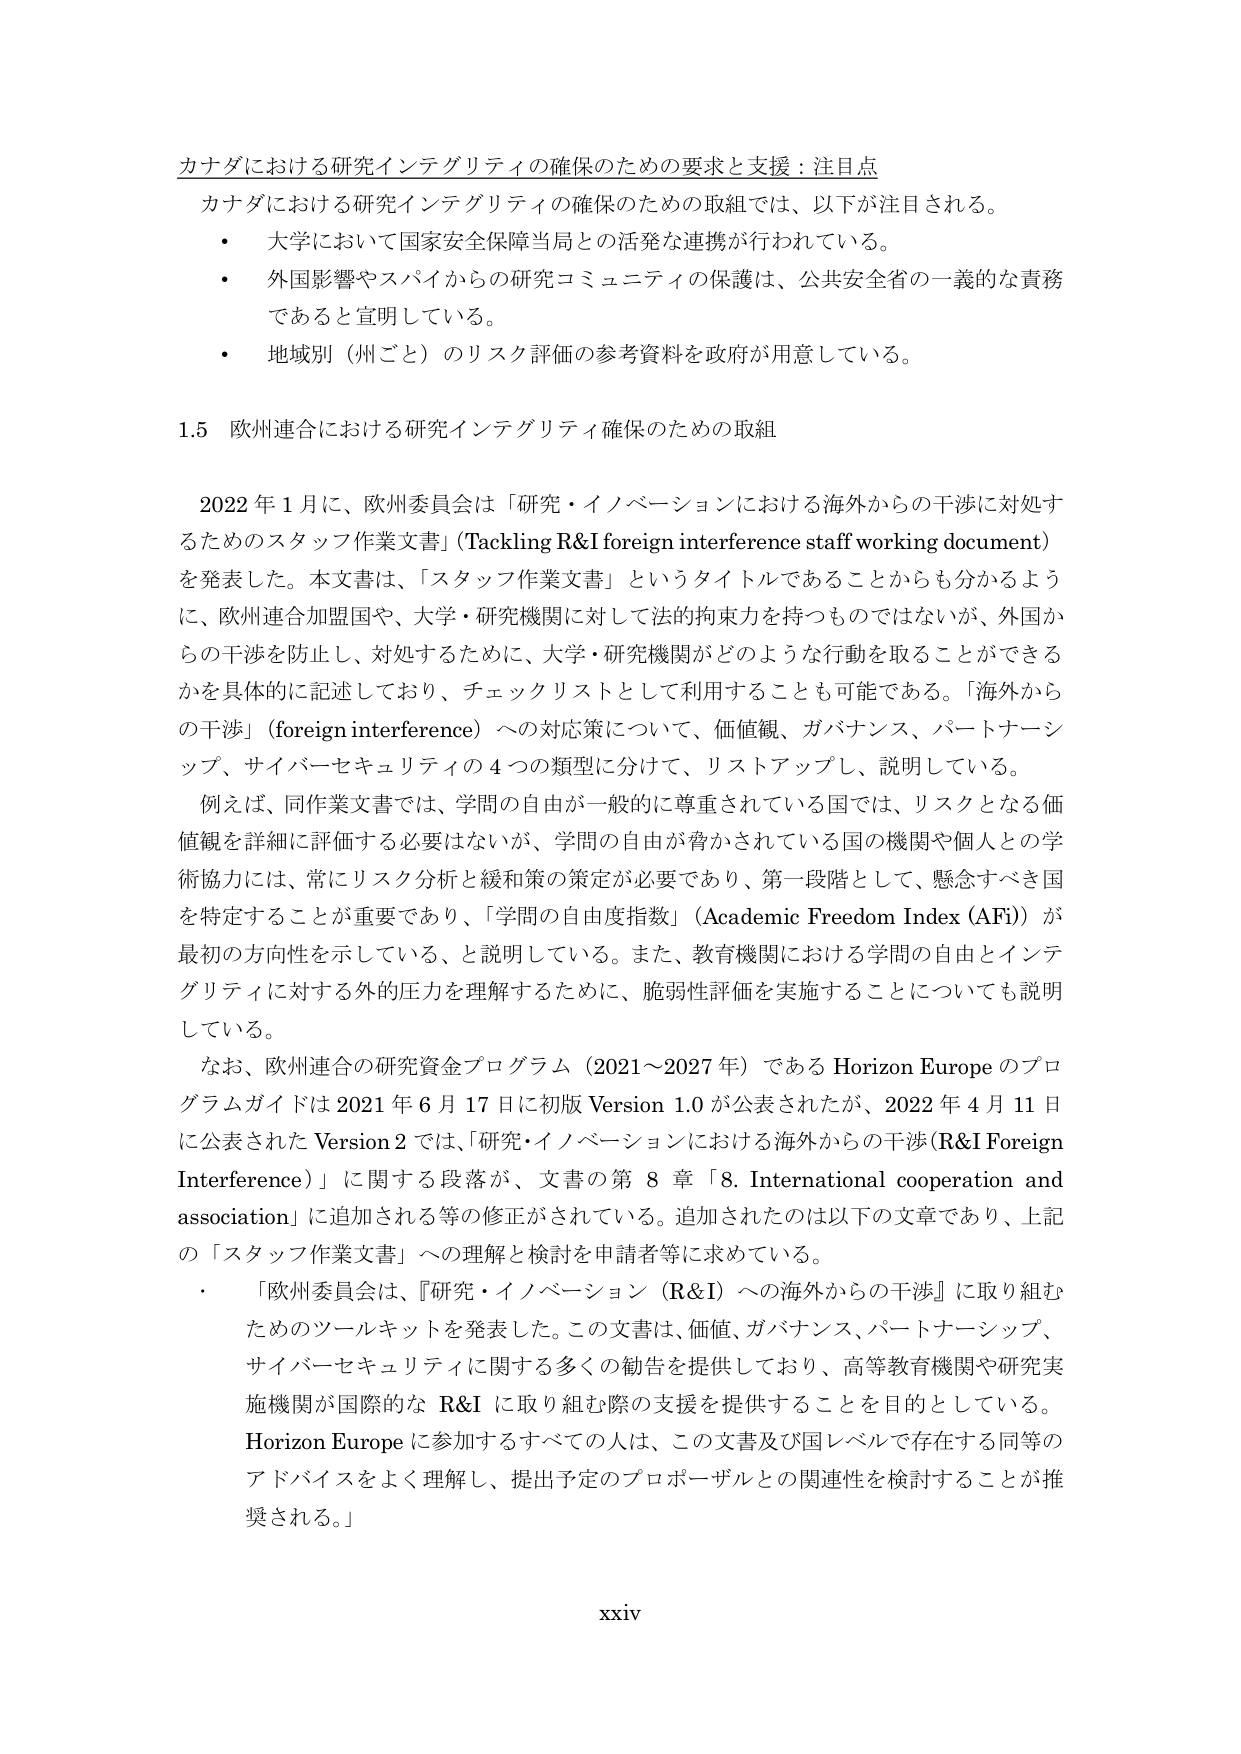
カナダにおける研究インテグリティの確保のための要求と支援：注目点
カナダにおける研究インテグリティの確保のための取組では、以下が注目される。
・ 大学において国家安全保障当局との活発な連携が行われている。
・ 外国影響やスパイからの研究コミュニティの保護は、公共安全省の一義的な責務であると宣明している。
・ 地域別（州ごと）のリスク評価の参考資料を政府が用意している。

1.5 欧州連合における研究インテグリティ確保のための取組

2022年1月に、欧州委員会は「研究・イノベーションにおける海外からの干渉に対処するためのスタッフ作業文書」（Tackling R&I foreign interference staff working document）を発表した。本文書は、「スタッフ作業文書」というタイトルであることからも分かるように、欧州連合加盟国や、大学・研究機関に対して法的拘束力を持つものではないが、外国からの干渉を防止し、対処するために、大学・研究機関がどのような行動を取ることができるかを具体的に記述しており、チェックリストとして利用することも可能である。「海外からの干渉」（foreign interference）への対応策について、価値観、ガバナンス、パートナーシップ、サイバーセキュリティの4つの類型に分けて、リストアップし、説明している。

例えば、同作業文書では、学問の自由が一般的に尊重されている国では、リスクとなる価値観を詳細に評価する必要はないが、学問の自由が脅かされている国の機関や個人との学術協力には、常にリスク分析と緩和策の策定が必要であり、第一段階として、懸念すべき国を特定することが重要であり、「学問の自由度指数」（Academic Freedom Index (AFI)）が最初の方向性を示している、と説明している。また、教育機関における学問の自由とインテグリティに対する外的圧力を理解するために、脆弱性評価を実施することについても説明している。

なお、欧州連合の研究資金プログラム（2021～2027年）であるHorizon Europeのプログラムガイドは2021年6月17日に初版Version 1.0が公表されたが、2022年4月11日に公表されたVersion 2では、「研究・イノベーションにおける海外からの干渉（R&I Foreign Interference）」に関する段落が、文書の第8章「8. International cooperation and association」に追加される等の修正がされている。追加されたのは以下の文章であり、上記の「スタッフ作業文書」への理解と検討を申請者等に求めている。
・ 「欧州委員会は、『研究・イノベーション（R&I）への海外からの干渉』に取り組むためのツールキットを発表した。この文書は、価値、ガバナンス、パートナーシップ、サイバーセキュリティに関する多くの勧告を提供しており、高等教育機関や研究実施機関が国際的なR&Iに取り組む際の支援を提供することを目的としている。Horizon Europeに参加するすべての人は、この文書及び国レベルで存在する同等のアドバイスをよく理解し、提出予定のプロポーザルとの関連性を検討することが推奨される。」

xxiv